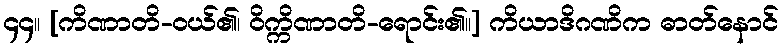
၄၄။ [ကိဏာတိ-ဝယ်၏၊ ဝိက္ကိဏာတိ-ရောင်း၏။] ကိယာဒိဂဏိက ဓာတ်နောင်